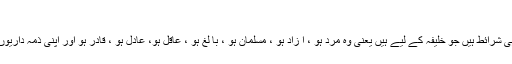
دفعہ نمبر 43:…
دفعہ نمبر 43: معاون کے لیے بھی وہی شرائط ہیں جو خلیفہ کے لیے ہیں یعنی وہ مرد ہو ، آ زاد ہو ، مسلمان ہو ، با لغ ہو ، عاقل ہو، عادل ہو ، قادر ہو اور اپنی ذمہ داریوں کو انجام دینے کی صلاحیت رکھتا ہو۔